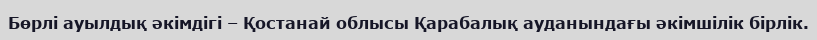
Бөрлі ауылдық әкімдігі – Қостанай облысы Қарабалық ауданындағы әкімшілік бірлік.